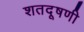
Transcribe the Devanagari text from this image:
शतदूषणी